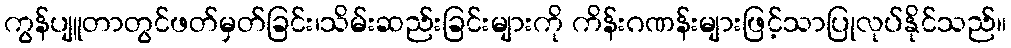
ကွန်ပျူတာတွင်ဖတ်မှတ်ခြင်း၊သိမ်းဆည်းခြင်းများကို ကိန်းဂဏန်းများဖြင့်သာပြုလုပ်နိုင်သည်။